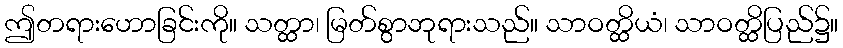
ဤတရားဟောခြင်းကို။ သတ္ထာ၊ မြတ်စွာဘုရားသည်။ သာဝတ္ထိယံ၊ သာဝတ္ထိပြည်၌။